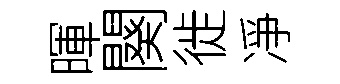
暉闋徙凈